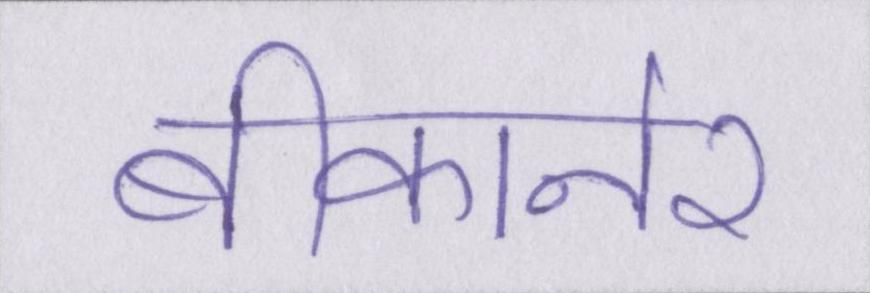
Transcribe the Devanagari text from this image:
बीकानेर